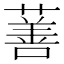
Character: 𬞗